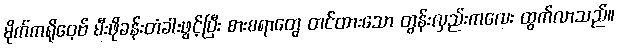
မိုက်ကရိုဝေ့ဗ် မီးဖိုခန်းတံခါးဖွင့်ပြီး စားစရာတွေ တင်ထားသော တွန်းလှည်းကလေး ထွက်လာသည်။